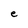
Character: e